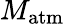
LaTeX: M_{\mathrm{atm}}